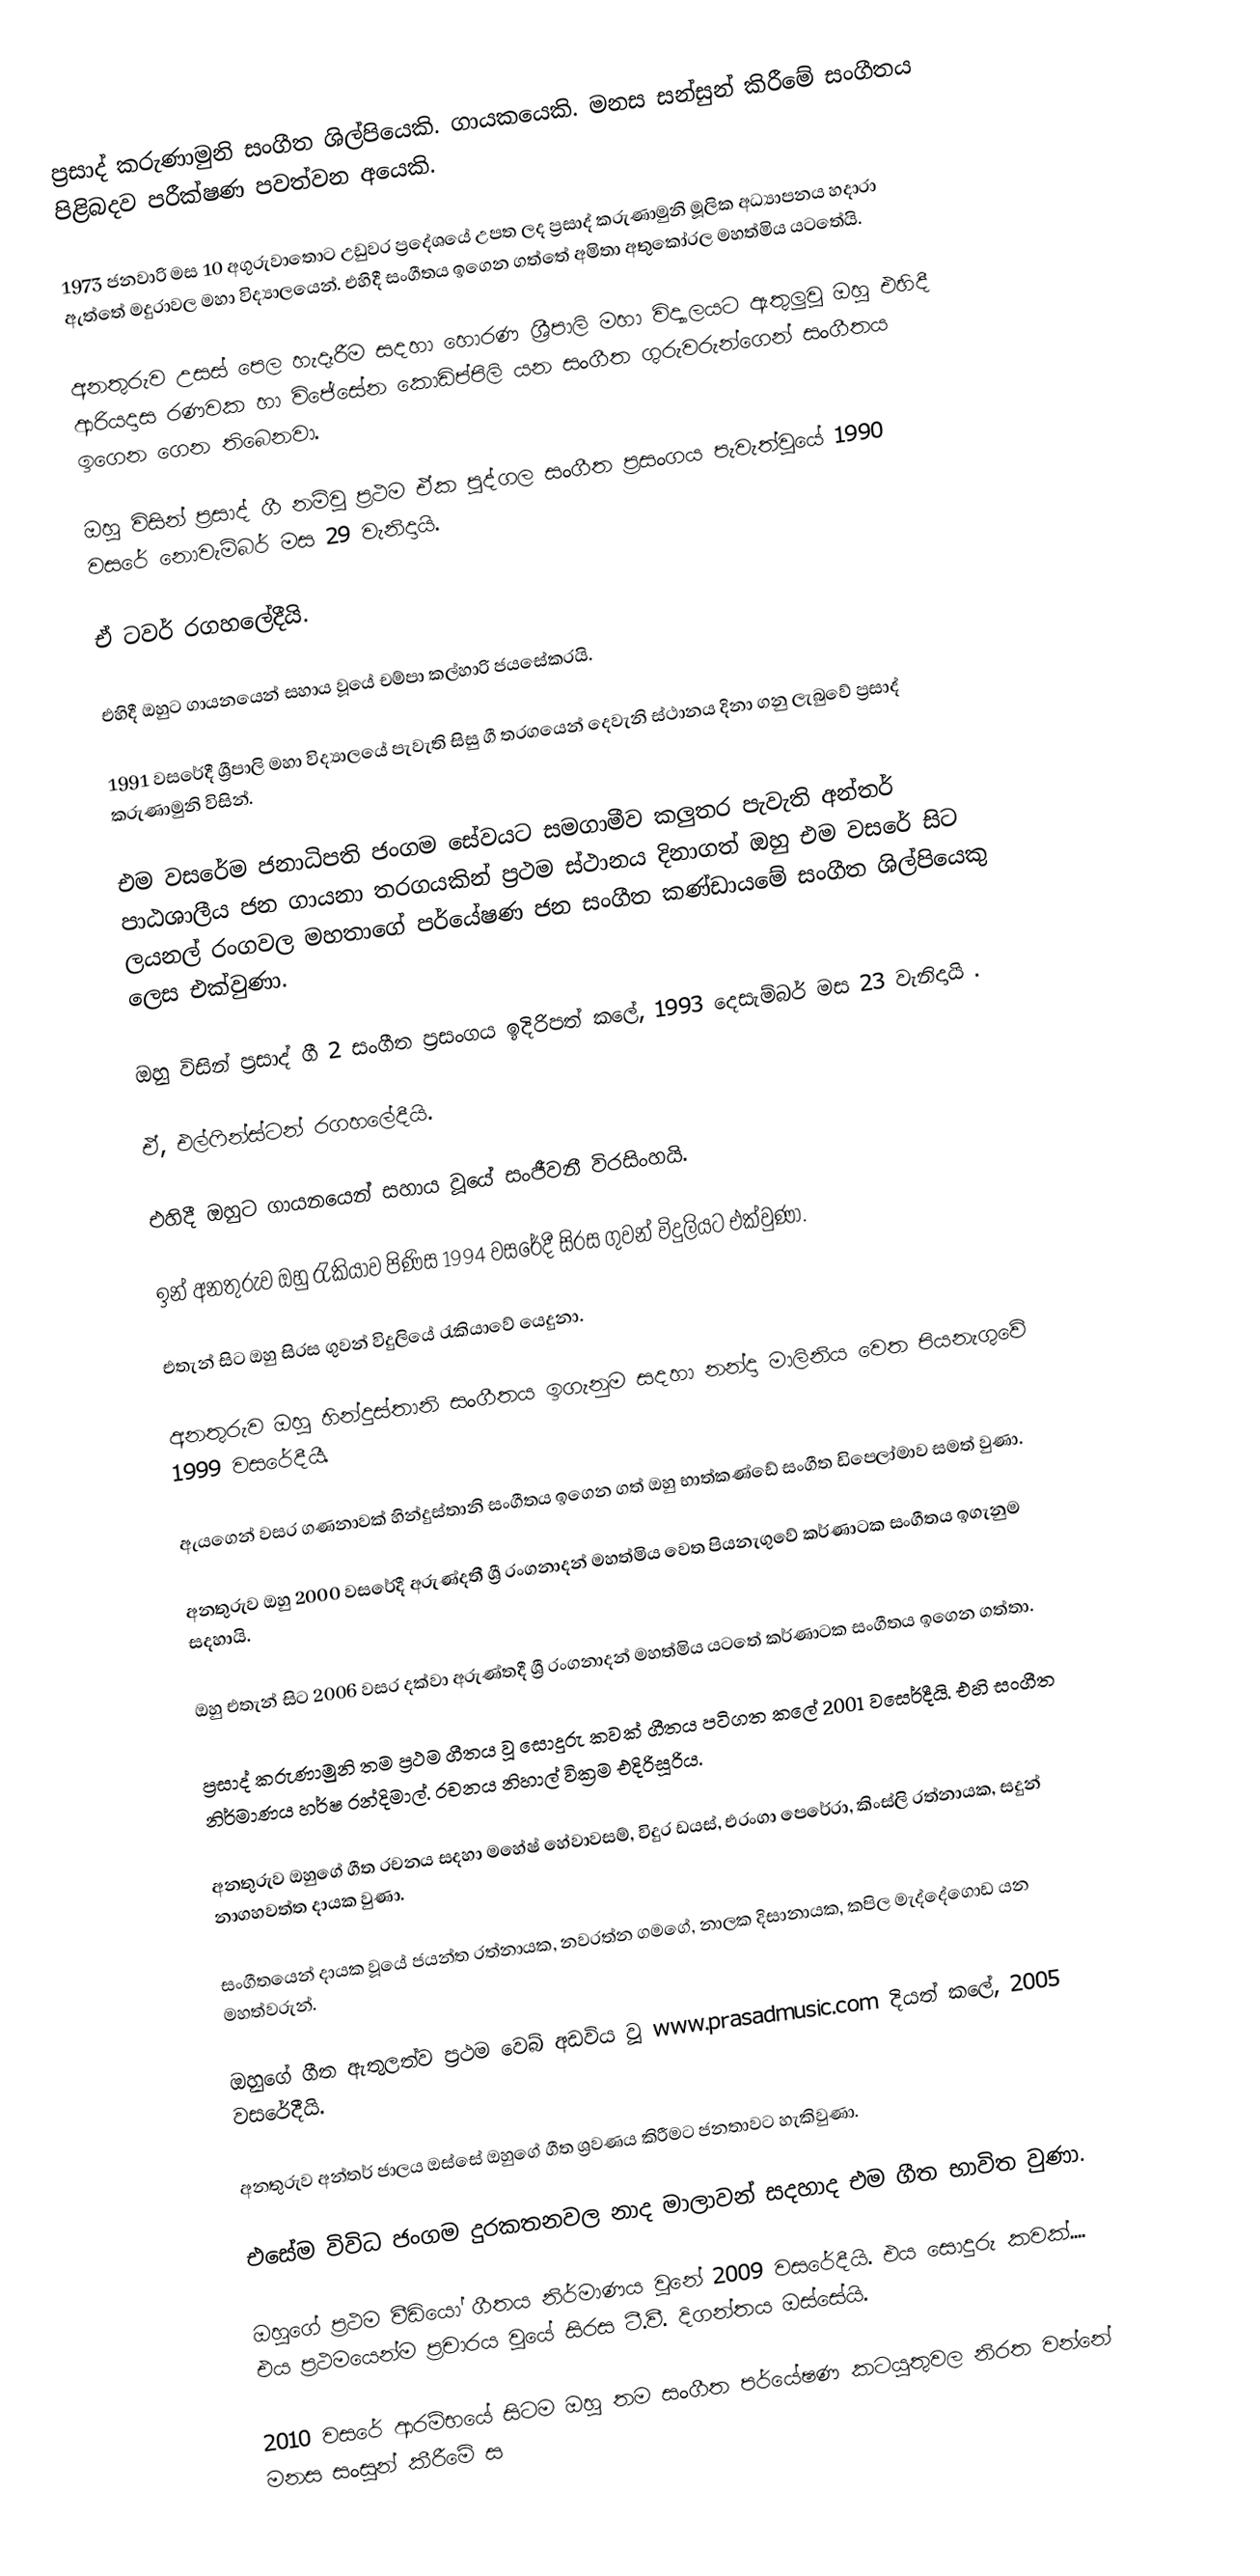
ප්‍රසාද් කරුණාමුනි සංගීත ශිල්පියෙකි. ගායකයෙකි. මනස සන්සුන් කිරීමේ සංගීතය පිළිබදව පරීක්ෂණ පවත්වන අයෙකි.

1973 ජනවාරි මස 10 අගුරුවාතොට උඩුවර ප්‍රදේශයේ උපත ලද ප්‍රසාද් කරුණාමුනි මූලික අධ්‍යාපනය හදාරා ඇත්තේ මදුරාවල මහා විද්‍යාලයෙන්. එහිදී සංගීතය ඉගෙන ගත්තේ අමිතා අතුකෝරල මහත්මිය යටතේයි.

අනතුරුව උසස් පෙල හැදෑරීම සදහා හොරණ ශ්‍රීපාලි මහා විද්‍යාලයට ඇතුලුවූ ඔහු එහිදී ආරියදාස රණවක හා විජේසේන කොඩිප්පිලි යන සංගීත ගුරුවරුන්ගෙන් සංගීතය ඉගෙන ගෙන තිබෙනවා.

ඔහු විසින් ප්‍රසාද් ගී නම්වූ ප්‍රථම ඒක පුද්ගල සංගීත ප්‍රසංගය පැවැත්වූයේ 1990 වසරේ නොවැම්බර් මස 29 වැනිදායි.

ඒ ටවර් රගහලේදීයි.

එහිදී ඔහුට ගායනයෙන් සහාය වූයේ චම්පා කල්හාරි ජයසේකරයි.

1991 වසරේදී ශ්‍රීපාලි මහා විද්‍යාලයේ පැවැති සිසු ගී තරගයෙන් දෙවැනි ස්ථානය දිනා ගනු ලැබුවේ ප්‍රසාද් කරුණාමුනි විසින්.

එම වසරේම ජනාධිපති ජංගම සේවයට සමගාමීව කලුතර පැවැති අන්තර් පාඨශාලීය ජන ගායනා තරගයකින් ප්‍රථම ස්ථානය දිනාගත් ඔහු එම වසරේ සිට ලයනල් රංගවල මහතාගේ පර්යේෂණ ජන සංගීත කණ්ඩායමේ සංගීත ශිල්පියෙකු ලෙස එක්වුණා.

ඔහු විසින් ප්‍රසාද් ගී ‍2 සංගීත ප්‍රසංගය ඉදිරිපත් කලේ, 1993 දෙසැම්බර් මස 23 වැනිදායි .

ඒ, එල්ෆින්ස්ටන් රගහලේදීයි.

එහිදී ඔහුට ගායනයෙන් සහාය වූයේ සංජීවනී විරසිංහයි.

ඉන් අනතුරුව ඔහු රැකියාව පිණිස 1994 වසරේදී සිරස ගුවන් විදුලියට එක්වුණා.

එතැන් සිට ඔහු සිරස ගුවන් විදුලියේ රැකියාවේ යෙදුනා.

අනතුරුව ඔහු හින්දුස්තානි සංගීතය ඉගැනුම සදහා නන්දා මාලිනිය වෙත පියනැගුවේ 1999 වසරේදීයී.

ඇයගෙන් වසර ගණනාවක් හින්දුස්තානි සංගීතය ඉගෙන ගත් ඔහු භාත්කණ්ඩේ සංගීත ඩිප‍්ලෝමාව සමත් වුණා.

අනතුරුව ඔහු 2000 වසරේදී අරුණ්දතී ශ්‍රී රංගනාදන් මහත්මිය වෙත පියනැගුවේ කර්ණාටක සංගීතය ඉගැනුම සදහායි.

ඔහු එතැන් සිට 2006 වසර දක්වා අරුණ්තදී ශ්‍රී රංගනාදන් මහත්මිය යටතේ කර්ණාටක සංගීතය ඉගෙන ගත්තා.

ප්‍රසාද් කරුණාමුනි තම ප්‍රථම ගීතය වූ සොදුරු කවක් ගීතය පටිගත කලේ 2001 වසෙර්දීයි. එහි සංගීත නිර්මාණය හර්ෂ රන්දිමාල්. රචනය නිහාල් වික්‍රම එදිරිසූරිය.

අනතුරුව ඔහු‍ගේ ගීත රචනය සදහා මහේෂ් හේවාවසම්, විදුර ඩයස්, එරංගා පෙරේරා, කිංස්ලි රත්නායක, සදුන් නාගහවත්ත දායක වුණා.

සංගීතයෙන් දායක වූයේ ජයන්ත රත්නායක, නවරත්න ගමගේ, නාලක දිසානායක, කපිල මැද්දේගොඩ යන මහත්වරුන්.

ඔහුගේ ගීත ඇතුලත්ව ප්‍රථම වෙබ් අඩවිය වූ www.prasadmusic.com දියත් කලේ, 2005 වසරේදීයි.

අනතුරුව අන්තර් ජාලය ඔස්සේ ඔහුගේ ගීත ශ්‍රවණය කිරීමට ජනතාවට හැකිවුණා.

එ‍සේම විවිධ ජංගම දුරකතනවල නාද මාලාවන් සදහාද එම ගීත භාවිත වුණා.

ඔහුගේ ප්‍රථම වීඩියෝ ගීතය නිර්මාණය වුනේ 2009 වසරේදීයි. එය සොදුරු කවක්.... එය ප්‍රථමයෙන්ම ප්‍රචාරය වුයේ සිරස ටී.වී. දිගන්තය ඔස්සේයි.

2010 වසරේ ආරම්භයේ සිටම ඔහු තම සංගීත පර්යේෂණ කටයුතුවල නිරත වන්නේ මනස සංසුන් කීරීමේ ස